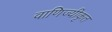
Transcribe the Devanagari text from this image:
वाणिज्यीकृत